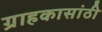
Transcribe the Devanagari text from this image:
ग्राहकासांठी